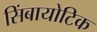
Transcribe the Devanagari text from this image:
सिंबायोटिक